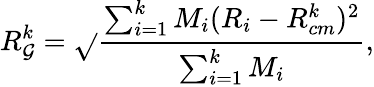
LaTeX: R_{\mathcal{G}}^{k}=\sqrt{}{{\frac{{\sum_{i=1}^{k}M_{i}(R_{i}-R_{cm}^{k})^{2}}}{{\sum_{i=1}^{k}M_{i}}}}},